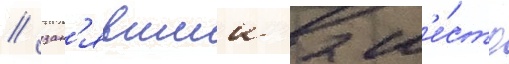
/ зан'явшии 2 м'е́сто